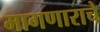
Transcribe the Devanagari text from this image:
मागणाराचे